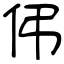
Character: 伄